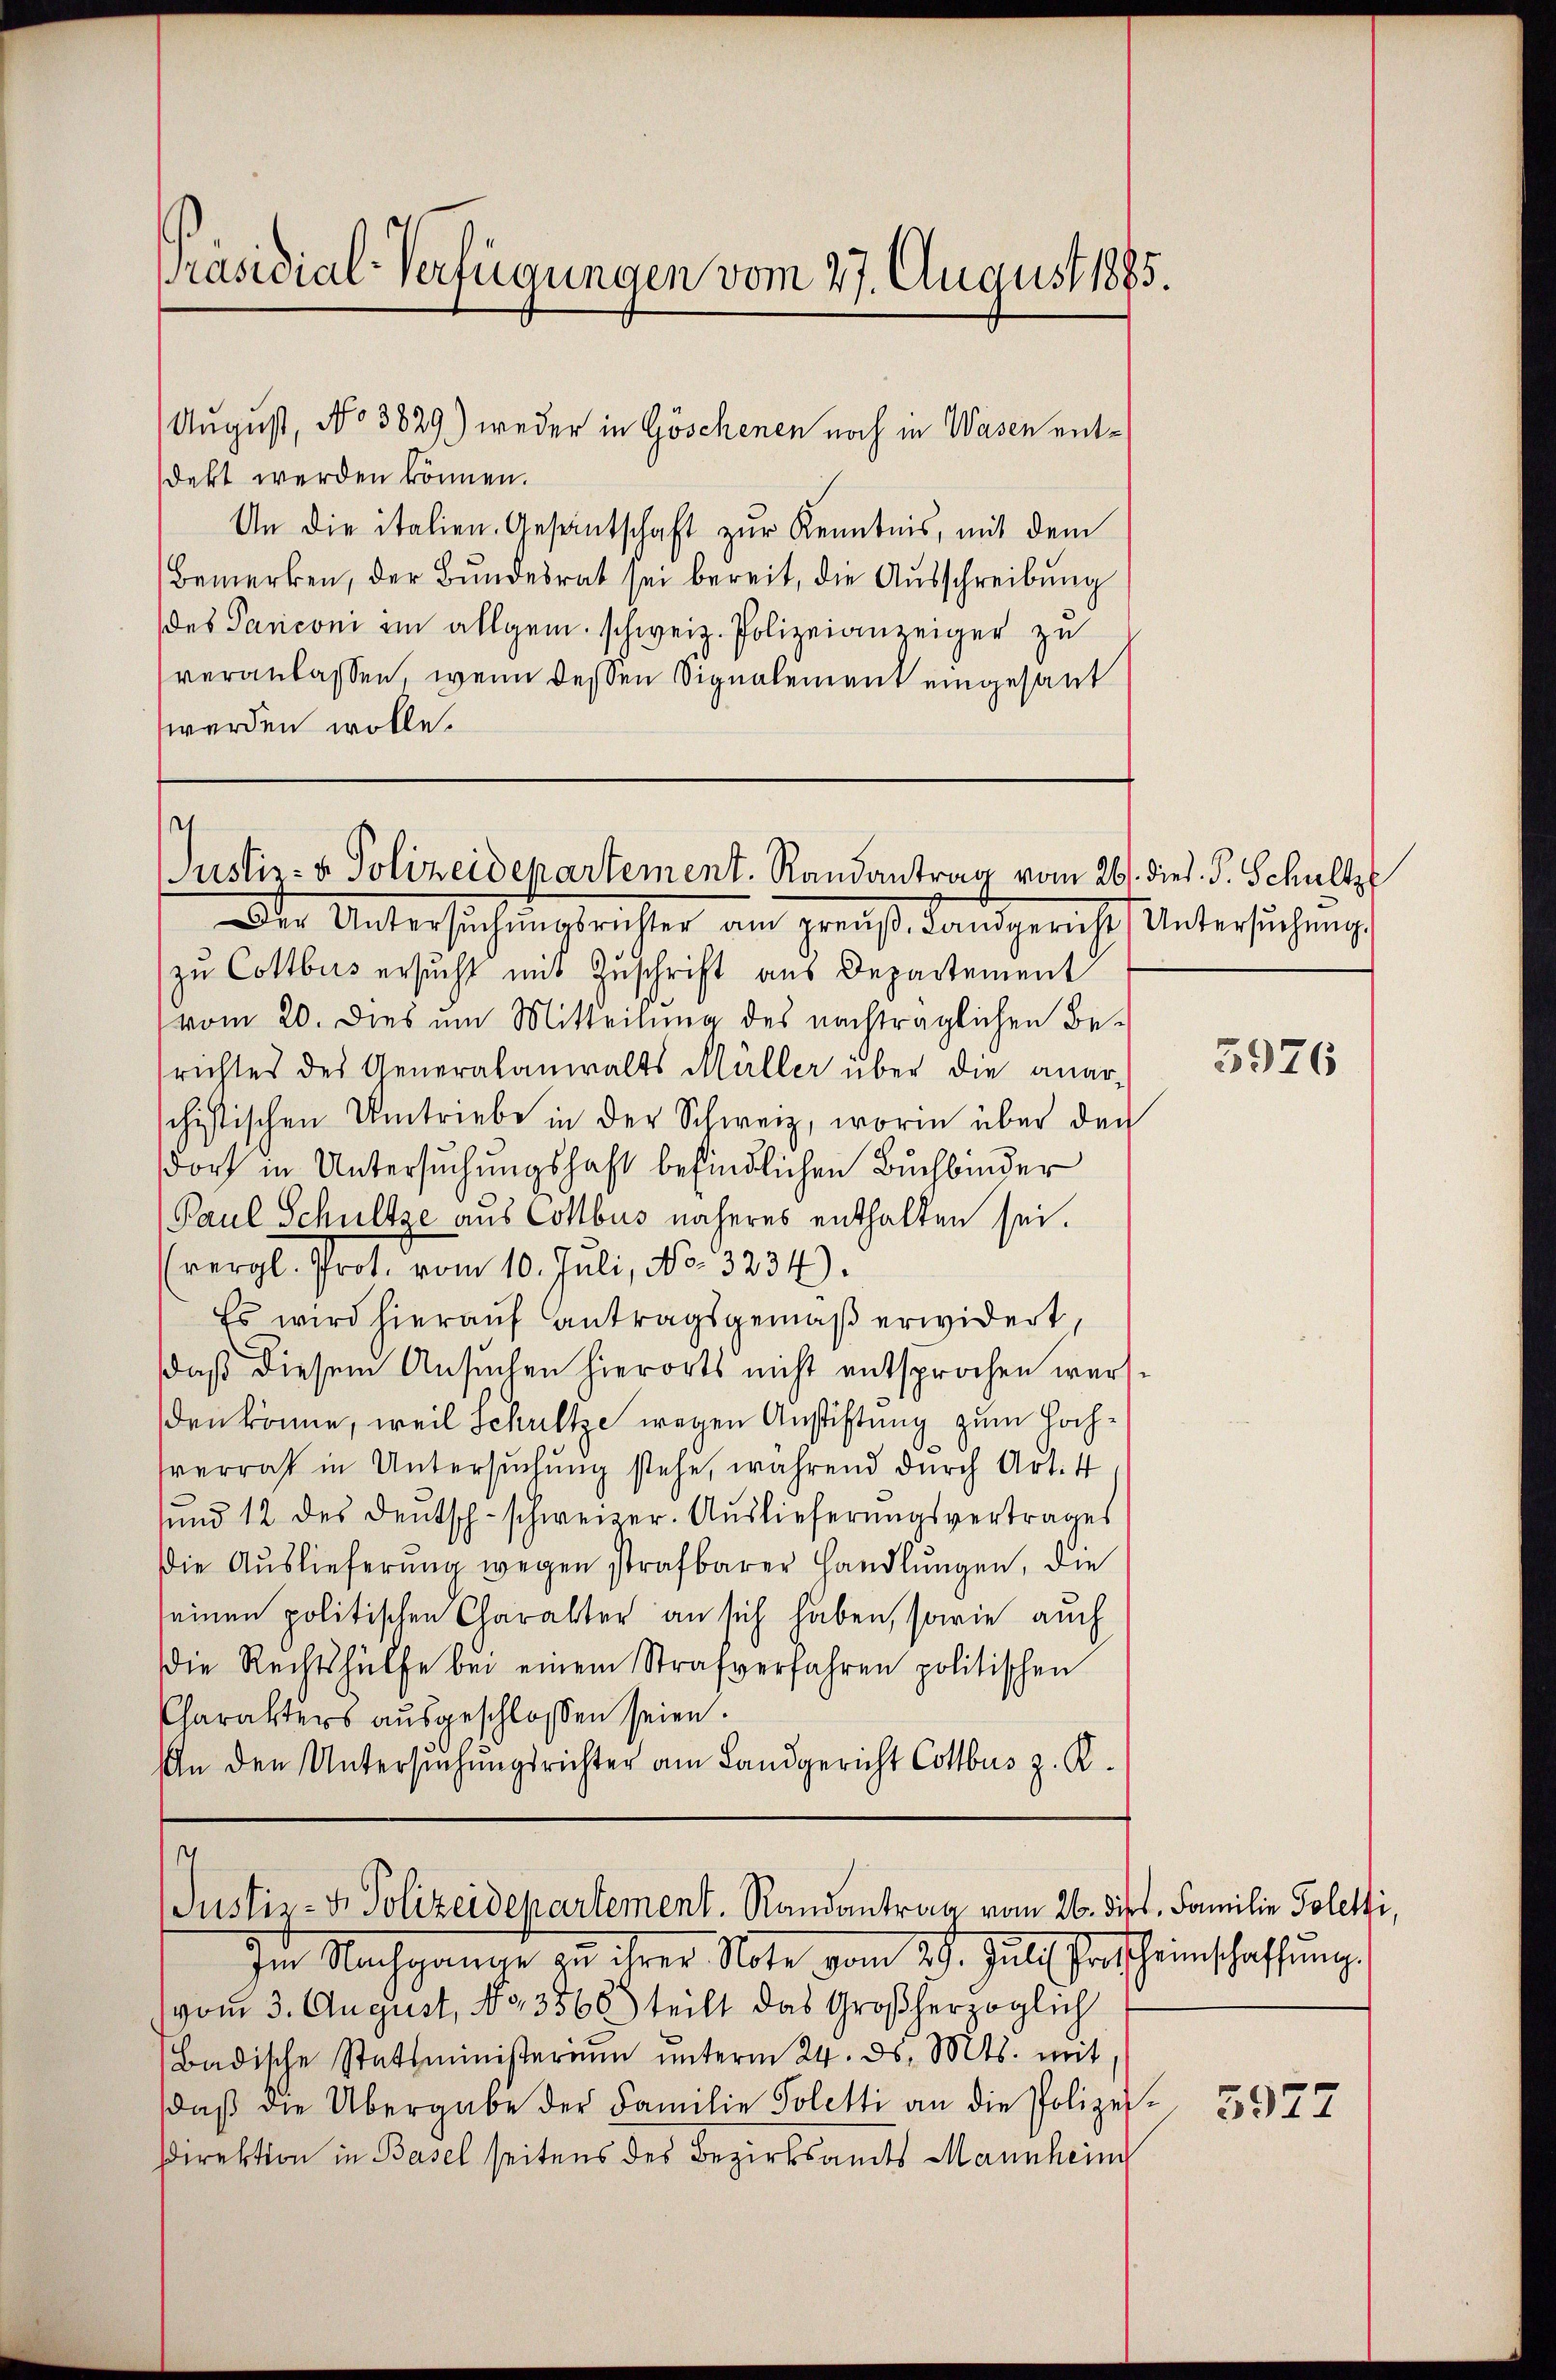
Präsidial-Verfügungen vom 27. August 1885.

August, No 3829) weder in Göschenen noch in Wasen entdekt werden können.
An die italien Gesantschaft zŭr Kenntnis, mit dem
Bemerken, der Bundesrat sei bereit, die Aŭsschreibung
des Panconi im allgem. schweiz. Polizeianzeiger zu
veranlassen, wenn dessen Signalement eingesant
werden wolle.

Der Untersŭchŭngsrichter am Preŭβ, Landgericht Untersŭchŭng
zu Cottbus ersucht mit Zuschrift aus Departement
vom 20. Dies um Mitteilung des nachträglichen Be-
srichtes des Generalanwalts Müller über die anarschistischen Umtriebe in der Schweiz, worin über den
dorf in Untersuchungshaft befindlichen Buchbinder
Paul Schultze aus Cottbus näheres enthalten sei.
(vergl. Prot. vom 10. Juli, No. 3234).
Es wird hierauf antragsgemäß erwidert,
daß diesem Ansuchen hierorts nicht entsprochen werden könne, weil Schultze wegen Anstiftung zum Hochverrat in Untersŭchŭng stehe, während durch Art. 4
und 12 des Deutsch-schweizer. Auslieferŭngsvertrages
Die Auslieferŭng wegen strafbarer Handlŭngen, die
seinen politischen Charakter an sich haben, sowie auch
die Rechtshülfe bei einem Strafverfahren politischen
Charakters ausgeschlossen seien.
An den Untersuchungsrichter am Landgericht Cottbus z. R.

e
Justiz- & Polizeidepartement. Randantrag vom 26. dies. S. Schultz

1
Justiz- & Polizeidepartement. Randantrag vom 26. dies Familie Poletti,

Im Nachgange zu ihrer Note vom 29. Juli Proscheinschaffung
vom 3. August, No 3568) teilt das Großherzoglich
Badische Stattministeriŭm ŭnterm 24. ds. Mts. mit
daβ die Übergabe der Familie Poletti an die Polizei¬
Direktion in Basel seitens des Bezirksamts Mannheim

3976

3977